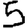
Digit: 5